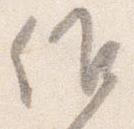
候